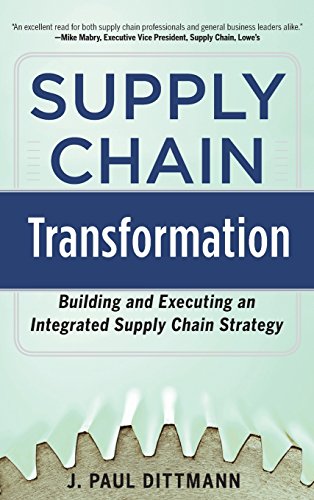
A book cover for Supply Chain Transformation: Building and Executing an Integrated Supply Chain Strategy; J. Paul Dittmann; Business & Money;